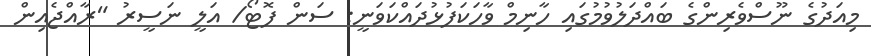
މިއަދުގެ ނޫސްވެރިންގެ ބައްދަލުވުމުގައި ހާނިމް ވާހަކަފުޅުދައްކަވަނީ: ސަން ފޮޓޯ/ އަލީ ނަސީރު "ރާއްޖެއިން